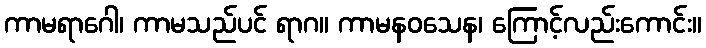
ကာမရာဂေါ၊ ကာမသည်ပင် ရာဂ။ ကာမနဝသေန၊ ကြောင့်လည်းကောင်း။